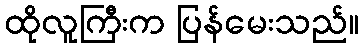
ထိုလူကြီးက ပြန်မေးသည်။